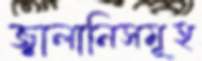
জ্বালানিসমূহ